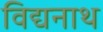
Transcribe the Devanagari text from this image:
विद्यनाथ